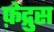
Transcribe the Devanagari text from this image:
फ़ेद्रुस